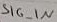
Text: SIG_IN